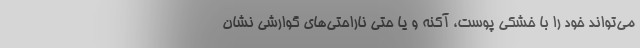
می‌تواند خود را با خشکی پوست، آکنه و یا حتی ناراحتی‌های گوارشی نشان